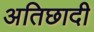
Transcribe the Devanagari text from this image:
अतिछादी